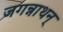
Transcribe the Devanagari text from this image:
जगन्नाथन्